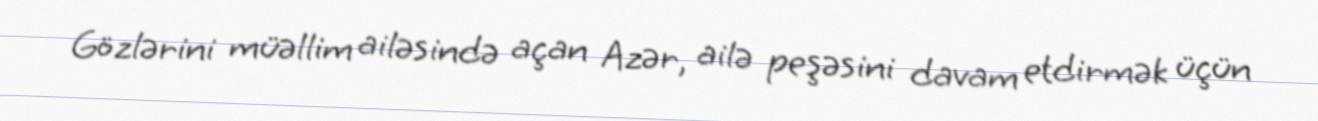
Gözlərini müəllim ailəsində açan Azər, ailə peşəsini davam etdirmək üçün